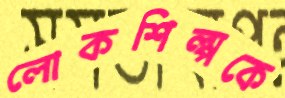
লোকশিল্পকে